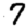
Digit: 7